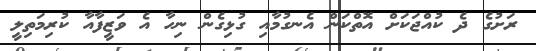
ރަށުގެ ދެ ކުއްޖަކަށް އޮތްކަން އެނގުމާއި ގުޅިގެން ނިހާ އެ ވަޒީފާއާ ކުރިމަތިލީ